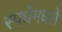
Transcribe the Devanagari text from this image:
स्पर्धेमधले